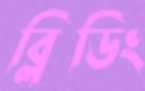
ব্লিডিং